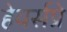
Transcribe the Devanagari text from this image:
हेयर्सप्रे